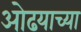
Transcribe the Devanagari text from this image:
ओढयाच्या